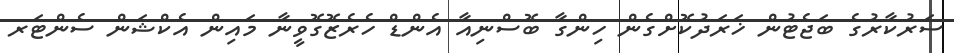
ސަރުކާރުގެ ބަޖެޓުން ޚަރަދުކޮށްގެން ހިންގާ ބޮސްނިއާ އެންޑް ހެރެޒޮގޮވީނާ މައިން އެކްޝަން ސެންޓަރ